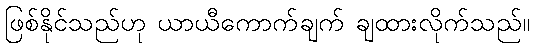
ဖြစ်နိုင်သည်ဟု ယာယီကောက်ချက် ချထားလိုက်သည်။